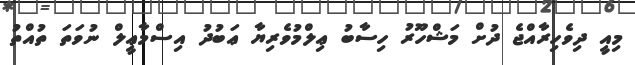
މިއީ ދިވެހިރާއްޖެ ދުށް މަޝްހޫރު ހިސާބު ޢިލްމުވެރިޔާ ޢަބުދު އިސްމާޢީލް ނުވަތަ ތުއްތު